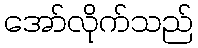
အော်လိုက်သည်